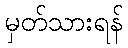
မှတ်သားရန်